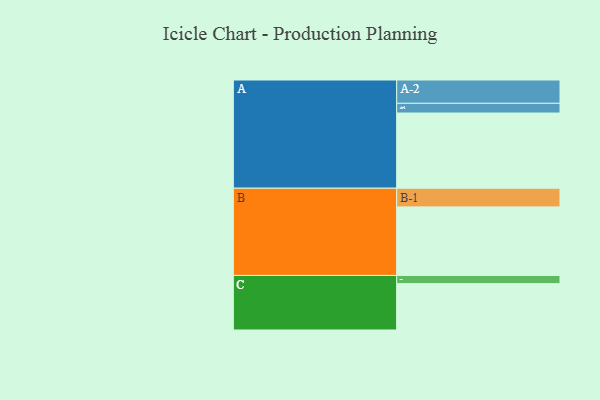
{"axis": {"x": "Segment", "y": "Value"}, "legend": ["", "A", "B", "C"], "data": [{"x": "A", "y": 587, "type": ""}, {"x": "B", "y": 535, "type": ""}, {"x": "C", "y": 362, "type": ""}, {"x": "A-1", "y": 76, "type": "A"}, {"x": "A-2", "y": 182, "type": "A"}, {"x": "B-1", "y": 146, "type": "B"}, {"x": "C-1", "y": 64, "type": "C"}]}